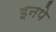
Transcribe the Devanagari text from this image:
इनपे